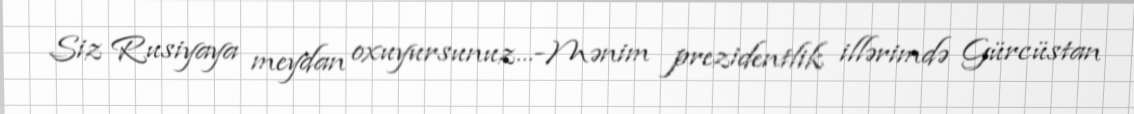
Siz Rusiyaya meydan oxuyursunuz...-Mənim prezidentlik illərimdə Gürcüstan